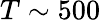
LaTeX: T\sim 500